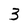
Character: 3